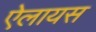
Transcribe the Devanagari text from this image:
ऐलायस